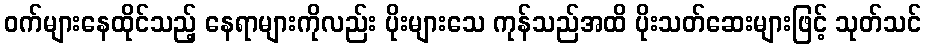
ဝက်များနေထိုင်သည့် နေရာများကိုလည်း ပိုးများသေ ကုန်သည်အထိ ပိုးသတ်ဆေးများဖြင့် သုတ်သင်